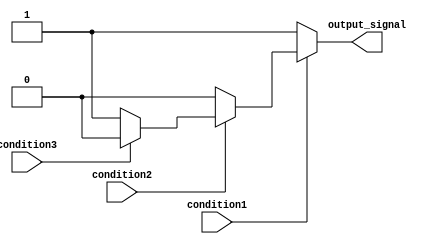
module nested_if_else (
    input wire condition1,
    input wire condition2,
    input wire condition3,
    output reg output_signal
);

    always @* begin
        if (condition1) begin
            if (condition2) begin
                if (condition3) begin
                    output_signal = 3'b000; // Action for condition1, condition2, condition3
                end else begin
                    output_signal = 3'b001; // Action for condition1, condition2
                end
            end else begin
                output_signal = 3'b010; // Action for condition1
            end
        end else begin
            output_signal = 3'b011; // Default action
        end
    end

endmodule